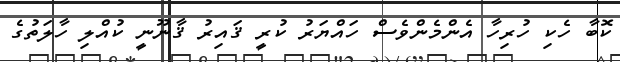
ކޮބާ ހެކި ހުރިހާ އެންމެންވެސް ހައްޔަރު ކުރީ ޤައިރު ޤާނޫނީ ކުއްލި ހާލަތުގެ